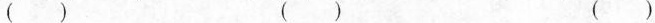
（）（）（）